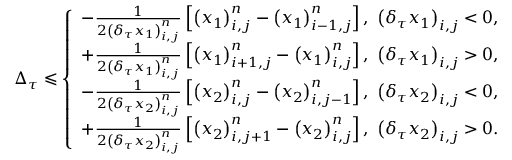
\Delta _ { \tau } \leqslant \left\{ \begin{array} { l l } { - \frac { 1 } { 2 \left( \delta _ { \tau } x _ { 1 } \right) _ { i , j } ^ { n } } \left[ \left( x _ { 1 } \right) _ { { i , j } } ^ { n } - \left( x _ { 1 } \right) _ { i - 1 , j } ^ { n } \right] , ~ \left( \delta _ { \tau } x _ { 1 } \right) _ { { i , j } } < 0 , } \\ { + \frac { 1 } { 2 \left( \delta _ { \tau } x _ { 1 } \right) _ { i , j } ^ { n } } \left[ \left( x _ { 1 } \right) _ { i + 1 , j } ^ { n } - \left( x _ { 1 } \right) _ { { i , j } } ^ { n } \right] , ~ \left( \delta _ { \tau } x _ { 1 } \right) _ { { i , j } } > 0 , } \\ { - \frac { 1 } { 2 \left( \delta _ { \tau } x _ { 2 } \right) _ { i , j } ^ { n } } \left[ \left( x _ { 2 } \right) _ { { i , j } } ^ { n } - \left( x _ { 2 } \right) _ { i , j - 1 } ^ { n } \right] , ~ \left( \delta _ { \tau } x _ { 2 } \right) _ { { i , j } } < 0 , } \\ { + \frac { 1 } { 2 \left( \delta _ { \tau } x _ { 2 } \right) _ { i , j } ^ { n } } \left[ \left( x _ { 2 } \right) _ { i , j + 1 } ^ { n } - \left( x _ { 2 } \right) _ { { i , j } } ^ { n } \right] , ~ \left( \delta _ { \tau } x _ { 2 } \right) _ { { i , j } } > 0 . } \end{array} \right.